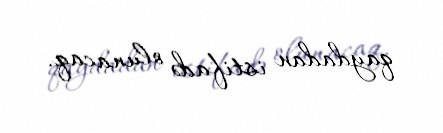
qaydadan istifadə olunacaq.